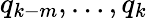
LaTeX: q_{k-m},\ldots,q_{k}